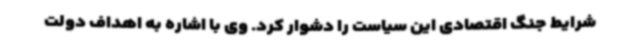
شرایط جنگ اقتصادی این سیاست را دشوار کرد. وی با اشاره به اهداف دولت